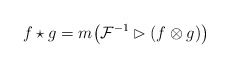
\begin{gather*}f\star g=m\big(\mathcal{F}^{-1}\rhd(f\otimes g)\big)\end{gather*}